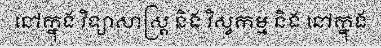
នៅក្នុង វិទ្យាសាស្ត្រ និង វិស្វកម្ម និង នៅក្នុង